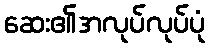
ဆေး၏အလုပ်လုပ်ပုံ